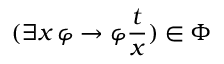
( \exists x \, \varphi \to \varphi { \frac { t } { x } } ) \in \Phi